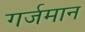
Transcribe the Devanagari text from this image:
गर्जमान